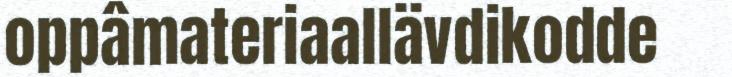
oppâmateriaallävdikodde